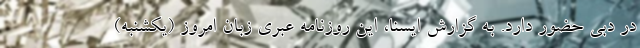
در دبی حضور دارد. به گزارش ایسنا، این روزنامه عبری زبان امروز (یکشنبه)